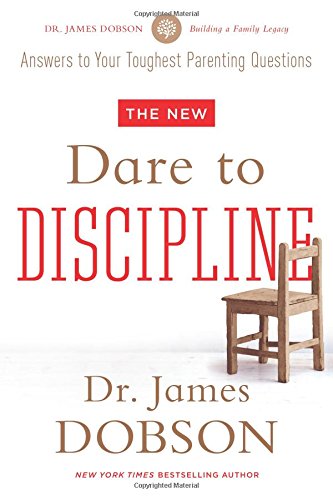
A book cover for The New Dare to Discipline; James C. Dobson; Christian Books & Bibles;